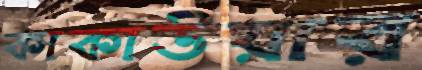
কাকাউয়ার